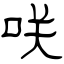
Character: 咲